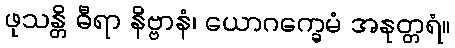
ဖုသန္တိ ဓီရာ နိဗ္ဗာနံ၊ ယောဂက္ခေမံ အနုတ္တရံ။